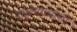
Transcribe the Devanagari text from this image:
नक्षलवाद्यांशी